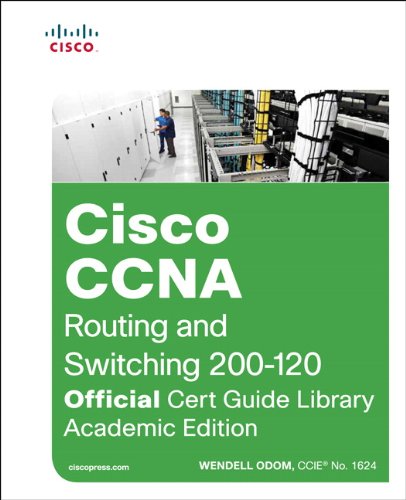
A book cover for Cisco CCNA routing and Switching ICND1 100-101, ICND2 200-101 Academic Edition (Set of two Books) (Official Cert Guide); Wendell Odom; Computers & Technology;